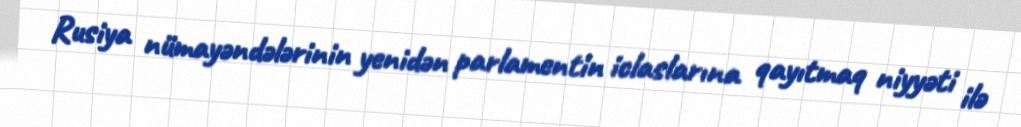
Rusiya nümayəndələrinin yenidən parlamentin iclaslarına qayıtmaq niyyəti ilə